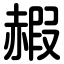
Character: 赮